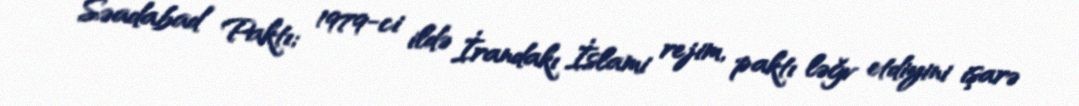
Səadabad Paktı; 1979-ci ildə İrandakı İslami rejim, paktı ləğv etdiyini işarə